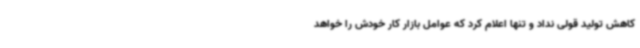
کاهش تولید قولی نداد و تنها اعلام کرد که عوامل بازار کار خودش را خواهد